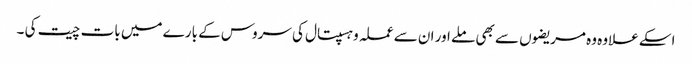
اسکے علاوہ وہ مریضوں سے بھی ملے اور ان سے عملہ وہسپتال کی سروس کے بارے میں بات چیت کی ۔